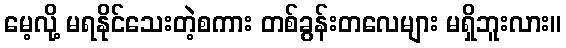
မေ့လို့ မရနိုင်သေးတဲ့စကား တစ်ခွန်းတလေများ မရှိဘူးလား။